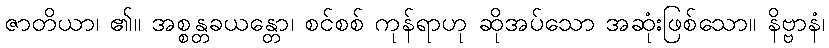
ဇာတိယာ၊ ၏။ အစ္စန္တခယန္တော၊ စင်စစ် ကုန်ရာဟု ဆိုအပ်သော အဆုံးဖြစ်သော။ နိဗ္ဗာနံ၊